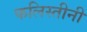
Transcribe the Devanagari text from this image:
फलिस्तीनी